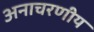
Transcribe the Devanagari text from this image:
अनाचरणीय